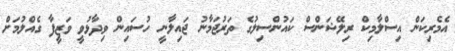
އެމެރިކަން އިސްލާމިކް ރިލޭޝަންސް ކައުންސިލުގެ ތަރުޖަމާނު ޖައިލާނީ ހުސައިން ވިދާޅުވީ ވަޒީފާ ގެއްލުމަށް